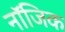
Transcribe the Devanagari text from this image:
नॉजिक